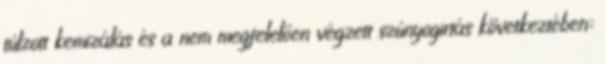
túlzott kemizálás és a nem megfelelően végzett szúnyogirtás következtében;